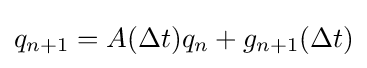
q_{n+1}=A(\Delta t)q_{n}+g_{n+1}(\Delta t)